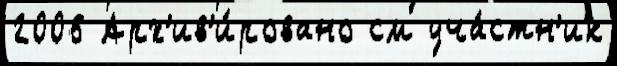
2006 Арх'ив'и́ровано см уча́стн'ик